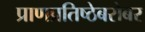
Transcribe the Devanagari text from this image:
प्राणप्रतिष्ठेबरोबर